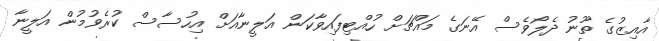
އާއިޒުގެ ތޫނު ދެލޯވެސް އޭނަގެ މައްޗަށް ހުއްޓިފައިވާކަން އަލީނާއަށް އިހުސާސް ކުރެވުމުން އަލީނާ